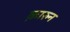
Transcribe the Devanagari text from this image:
क़ारुन